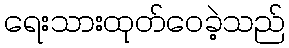
ရေးသားထုတ်ဝေခဲ့သည်